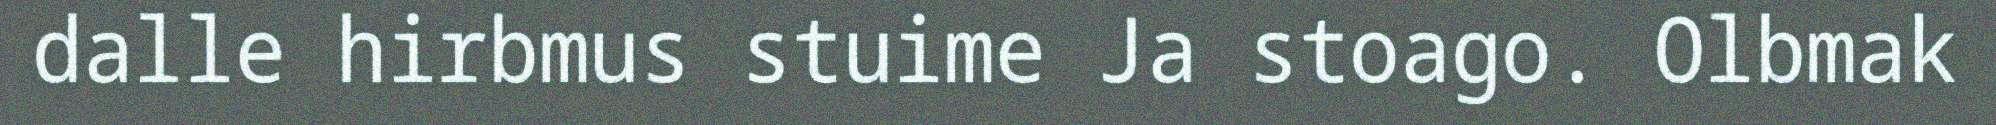
dalle hirbmus stuime Ja stoago. Olbmak